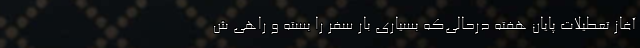
آغاز تعطیلات پایان هفته درحالی‌که بسیاری بار سفر را بسته و راهی ش